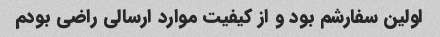
اولین سفارشم بود و از کیفیت موارد ارسالی راضی بودم